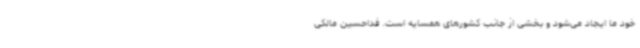
خود ما ایجاد می‌شود و بخشی از جانب کشورهای همسایه است. فداحسین مالکی